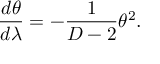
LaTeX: \frac { d \theta } { d \lambda } = - \frac { 1 } { D - 2 } \theta ^ { 2 } .